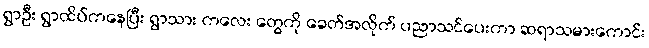
ရွာဦး ရွာထိပ်ကနေပြီး ရွာသား ကလေး တွေကို ခေတ်အလိုက် ပညာသင်ပေးကာ ဆရာသမားကောင်း